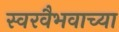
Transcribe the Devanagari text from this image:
स्वरवैभवाच्या